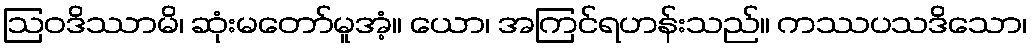
ဩဝဒိဿာမိ၊ ဆုံးမတော်မူအံ့။ ယော၊ အကြင်ရဟန်းသည်။ ကဿပသဒိသော၊